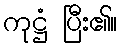
ကုဋ္ဌံ ပြီး၏။